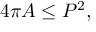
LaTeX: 4 \pi A \leq P ^ { 2 } ,